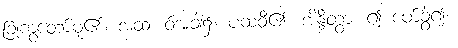
ခြုံကွတော်မူ၏။ အထ၊ ဝ်အခါ၌။ ပထဝီ၏။ အိန္ဒိတွာ၊ ၍ ဖော်ခွဲ၍။